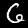
Digit: 6